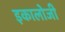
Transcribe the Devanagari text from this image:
इकालोजी